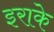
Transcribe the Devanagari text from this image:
इराके